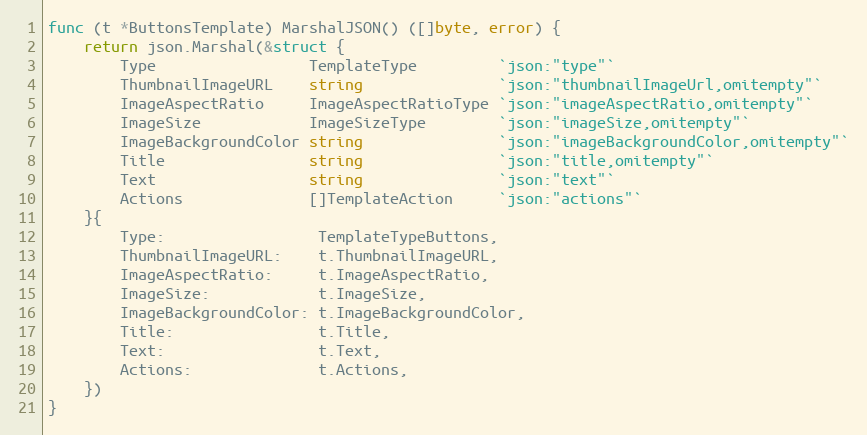
Language: Go
func (t *ButtonsTemplate) MarshalJSON() ([]byte, error) {
	return json.Marshal(&struct {
		Type                 TemplateType         `json:"type"`
		ThumbnailImageURL    string               `json:"thumbnailImageUrl,omitempty"`
		ImageAspectRatio     ImageAspectRatioType `json:"imageAspectRatio,omitempty"`
		ImageSize            ImageSizeType        `json:"imageSize,omitempty"`
		ImageBackgroundColor string               `json:"imageBackgroundColor,omitempty"`
		Title                string               `json:"title,omitempty"`
		Text                 string               `json:"text"`
		Actions              []TemplateAction     `json:"actions"`
	}{
		Type:                 TemplateTypeButtons,
		ThumbnailImageURL:    t.ThumbnailImageURL,
		ImageAspectRatio:     t.ImageAspectRatio,
		ImageSize:            t.ImageSize,
		ImageBackgroundColor: t.ImageBackgroundColor,
		Title:                t.Title,
		Text:                 t.Text,
		Actions:              t.Actions,
	})
}